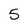
Character: 5